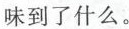
味到了什么。